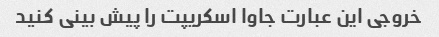
خروجی این عبارت جاوا اسکریپت را پیش بینی کنید